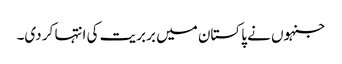
جنہوں نے پاکستان میں بربریت کی انتہا کر دی۔